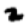
Digit: 2